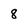
Character: 8